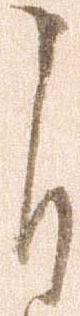
自